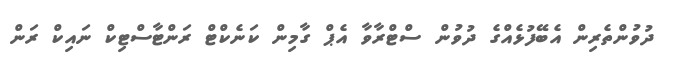
ދުވުންތެރިން އެބޭފުޅެއްގެ ދުވުން ސްޓްރާވާ އެޕް ގާމިން ކަނެކްޓް ރަންޓާސްޓިކް ނައިކް ރަން